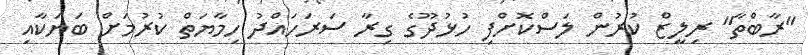
"ރާބްތާ" ރިލީޒް ކުރުން ލަސްކޮށްފި ހުޅުދޫގެ ގިރާ ސަރަހައްދު ހިމާޔަތް ކުރުމަށް ބަޔަކާއި